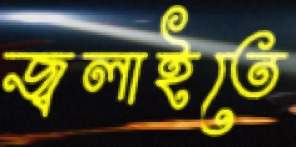
জ্বলাইতে